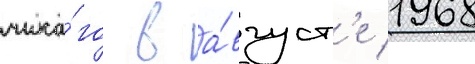
чика́го в а́вгуст'е 1968